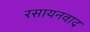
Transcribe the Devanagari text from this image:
रसायनवाद